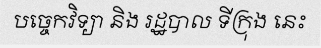
បច្ចេកវិទ្យា និង រដ្ឋបាល ទីក្រុង នេះ